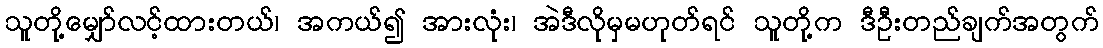
သူတို့မျှော်လင့်ထားတယ်၊ အကယ်၍ အားလုံး၊ အဲဒီလိုမှမဟုတ်ရင် သူတို့က ဒီဦးတည်ချက်အတွက်